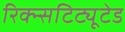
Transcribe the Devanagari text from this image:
रिक्न्सटिट्यूटेड